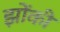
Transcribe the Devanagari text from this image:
झोंकी